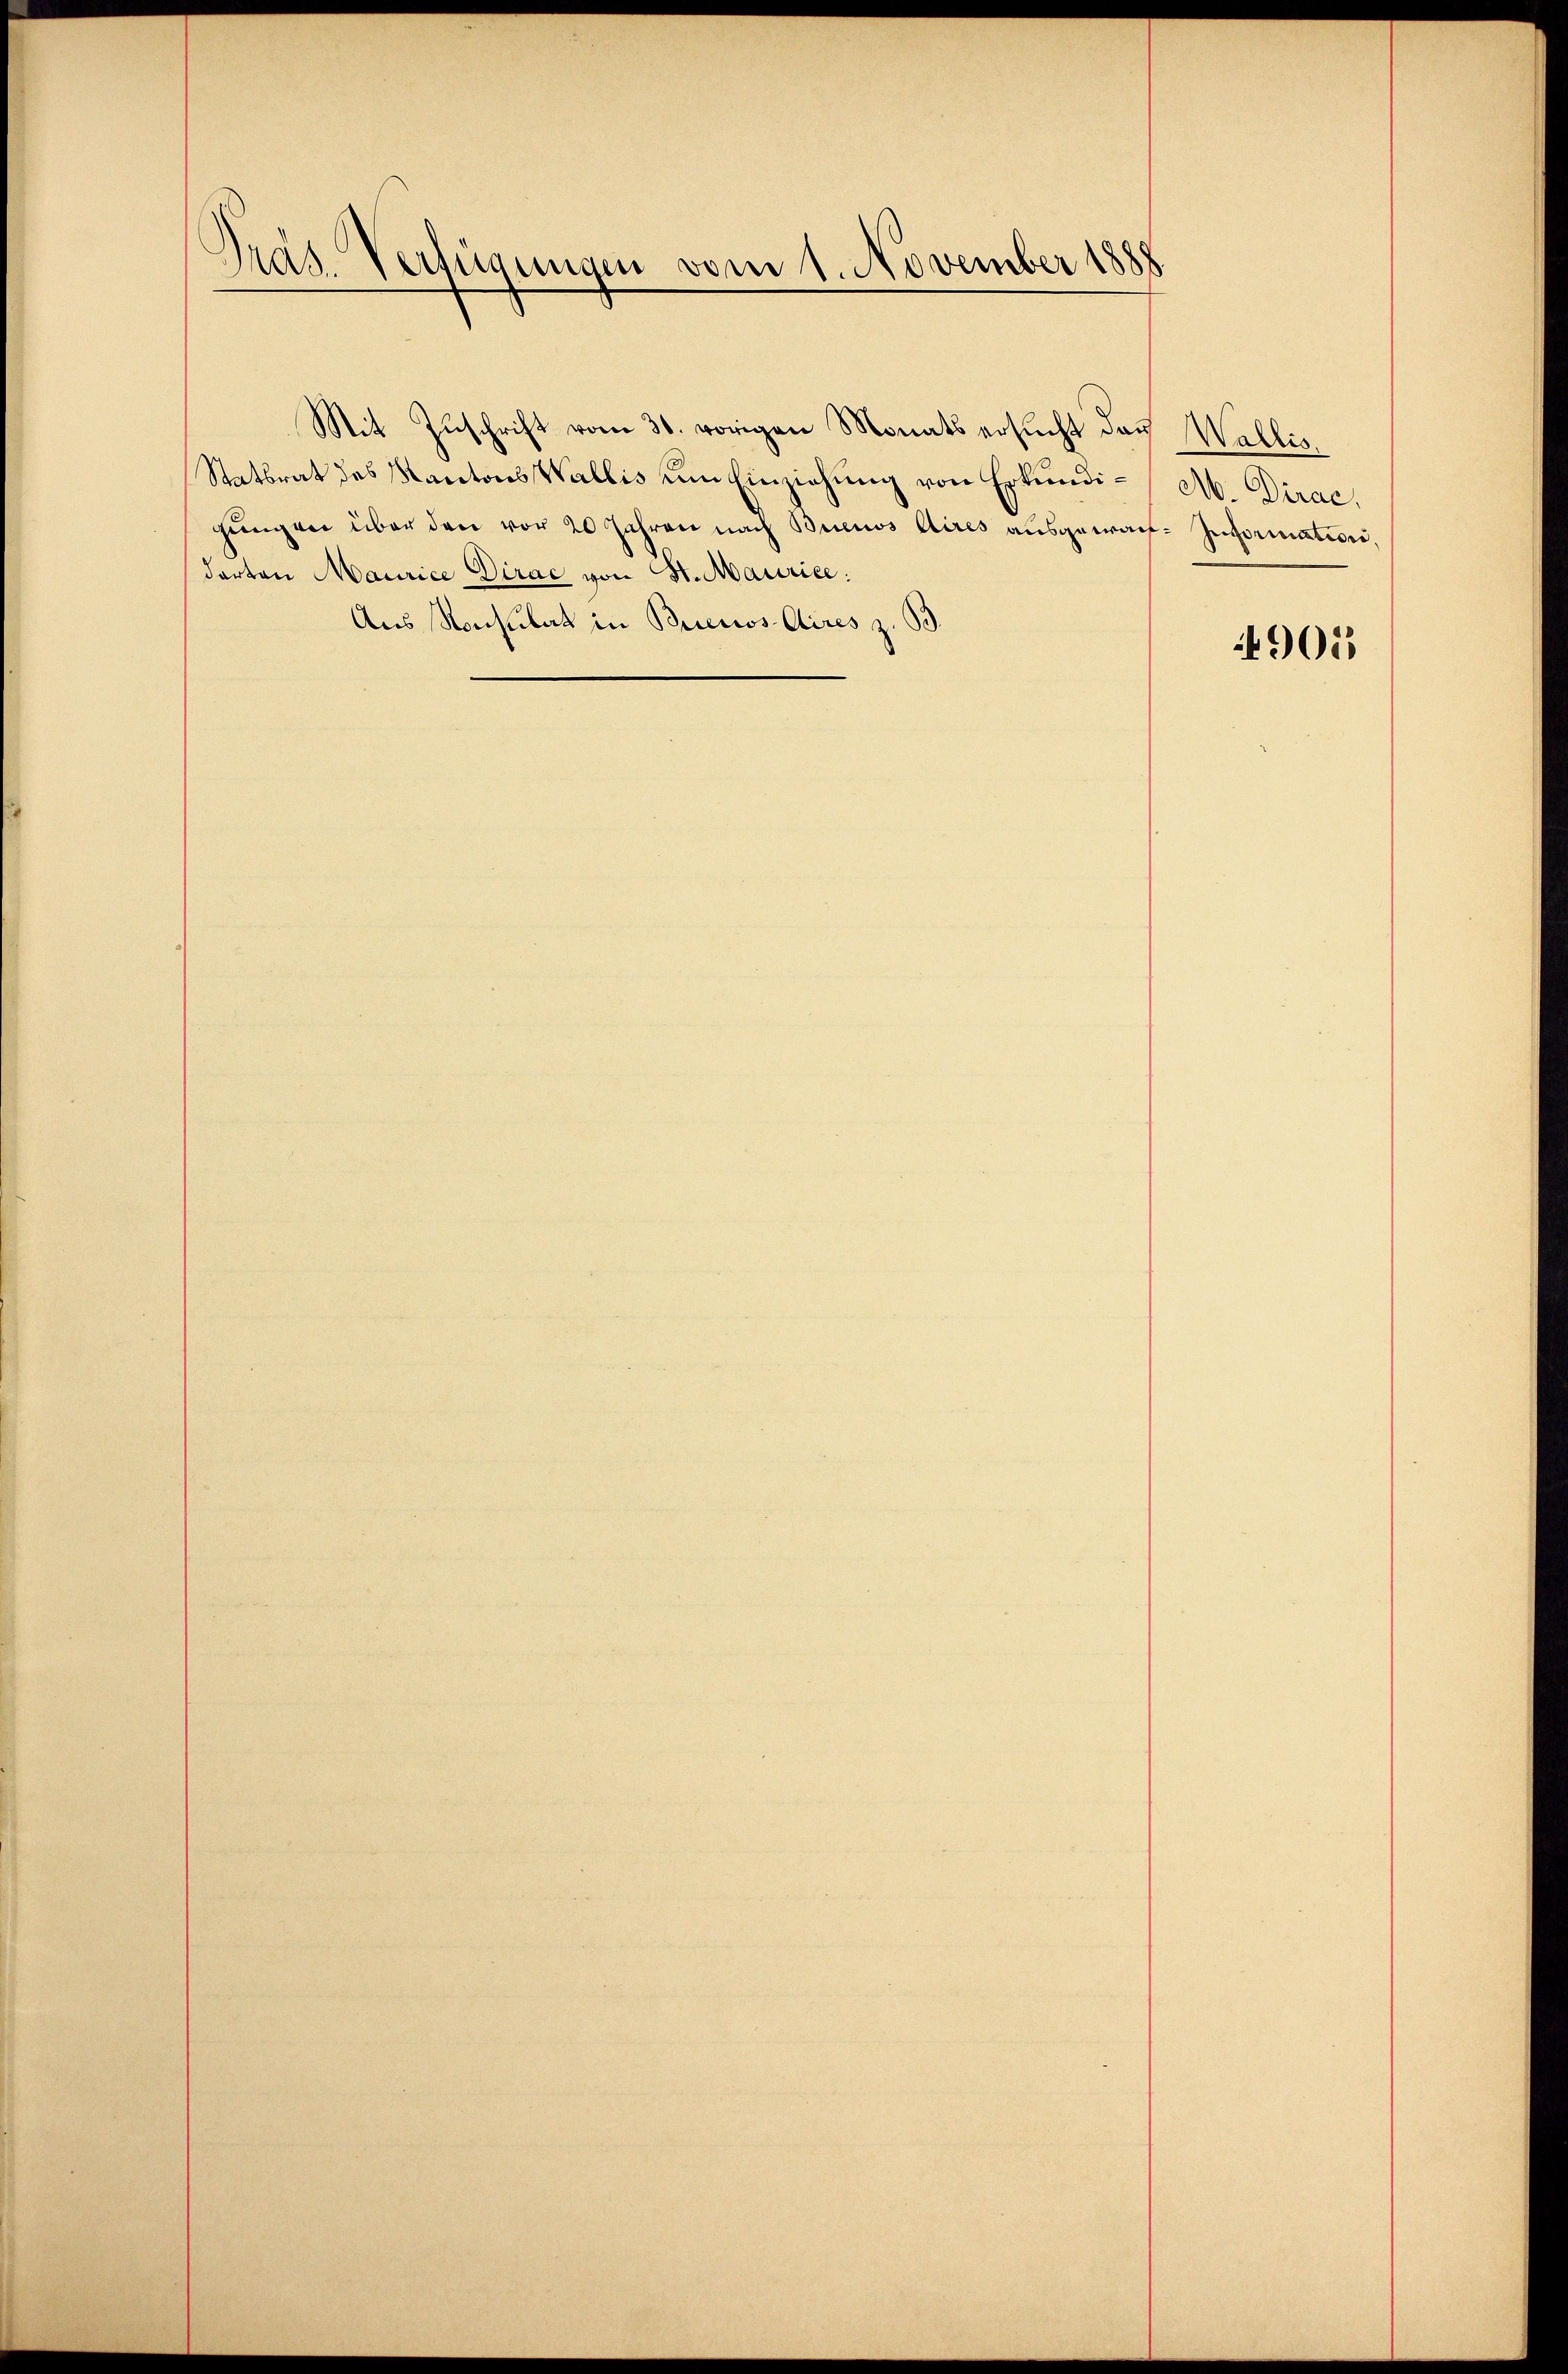
Präs. Verfügungen vom 1. November 1888

Mit Zuschrift vom 31. vorigen Monats ersucht das Wallis
Statsrat des Kantons Wallis um Einziehung von Erkundi- A. Dirac,
gŭng vor über den vor 20 Jahren nach Buenos Aires aŭsgewach- Information.
darten Maurice Dirac von St. Maurice:
Aus Konsulat in Brienos Aires z. s

4901